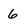
Character: 6